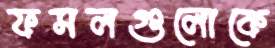
ফসলগুলোকে